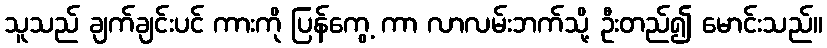
သူသည် ချက်ချင်းပင် ကားကို ပြန်ကွေ့ ကာ လာလမ်းဘက်သို့ ဦးတည်၍ မောင်းသည်။